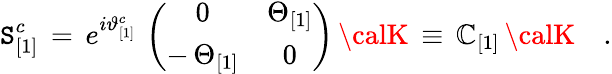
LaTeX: \mathtt{S}_{[1]}^{c}\, =\, e^{i\vartheta_{[1]}^{c}}\, \left(\begin{array}{cc}{{0}}&{{\Theta_{[1]}}}\\ {{-\, \Theta_{[1]}}}&{{0}}\end{array}\right)\, {\calK}\, \equiv\, {\cal\mathbb{C}}_{[1]}\, {\calK}\quad.